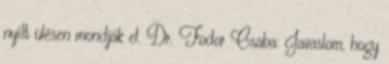
nyílt ülésen mondják el. Dr. Fodor Csaba: Javaslom, hogy